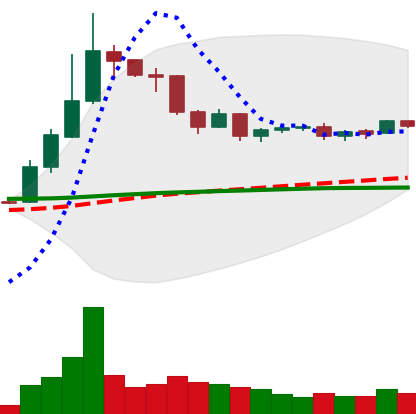
Ticker: DOGE-USD
Chart end date: 2019-04-19
Forward return: -10.163%
Label: down_7plus